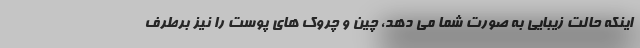
اینکه حالت زیبایی به صورت شما می دهد، چین و چروک های پوست را نیز برطرف